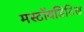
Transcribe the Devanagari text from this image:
मस्टॉयडिटिस